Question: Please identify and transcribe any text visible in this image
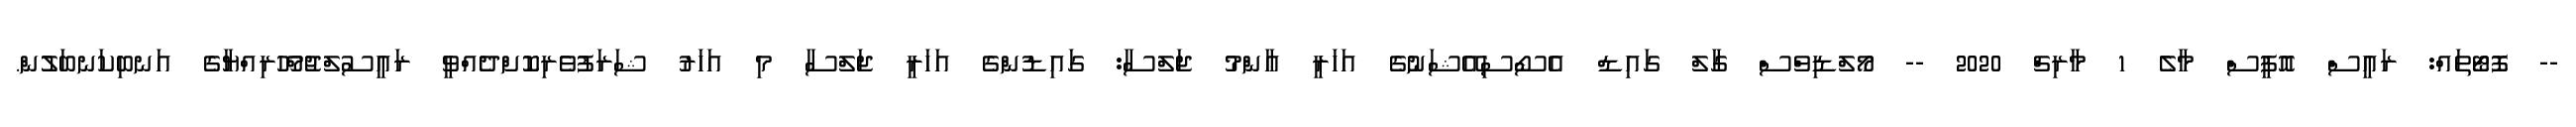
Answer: -- ފޮޓޯތައް: ރައީސް އޮފީސް މާލެ 1 މާރިޗް 2020 -- މޯލްޑިވްސް ގާލް ގައިޑް އެސޯސިއޭޝަނުގެ އަހަރީ ޢާންމު ޖަލްސާ: ގައިޑުންގެ އަހަރީ ޖަލްސާ މި އަހަރު ޝަރަފުވެރިކޮށްދެއްވީ ރައީސުލްޖުމްހޫރިއްޔާގެ އަނބިކަނބަލުން.